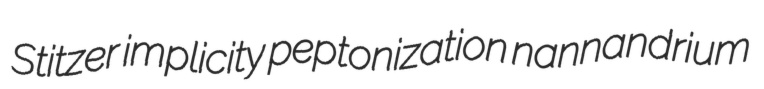
Stitzer implicity peptonization nannandrium